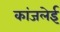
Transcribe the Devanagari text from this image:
कांजलेई